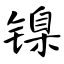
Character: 镍